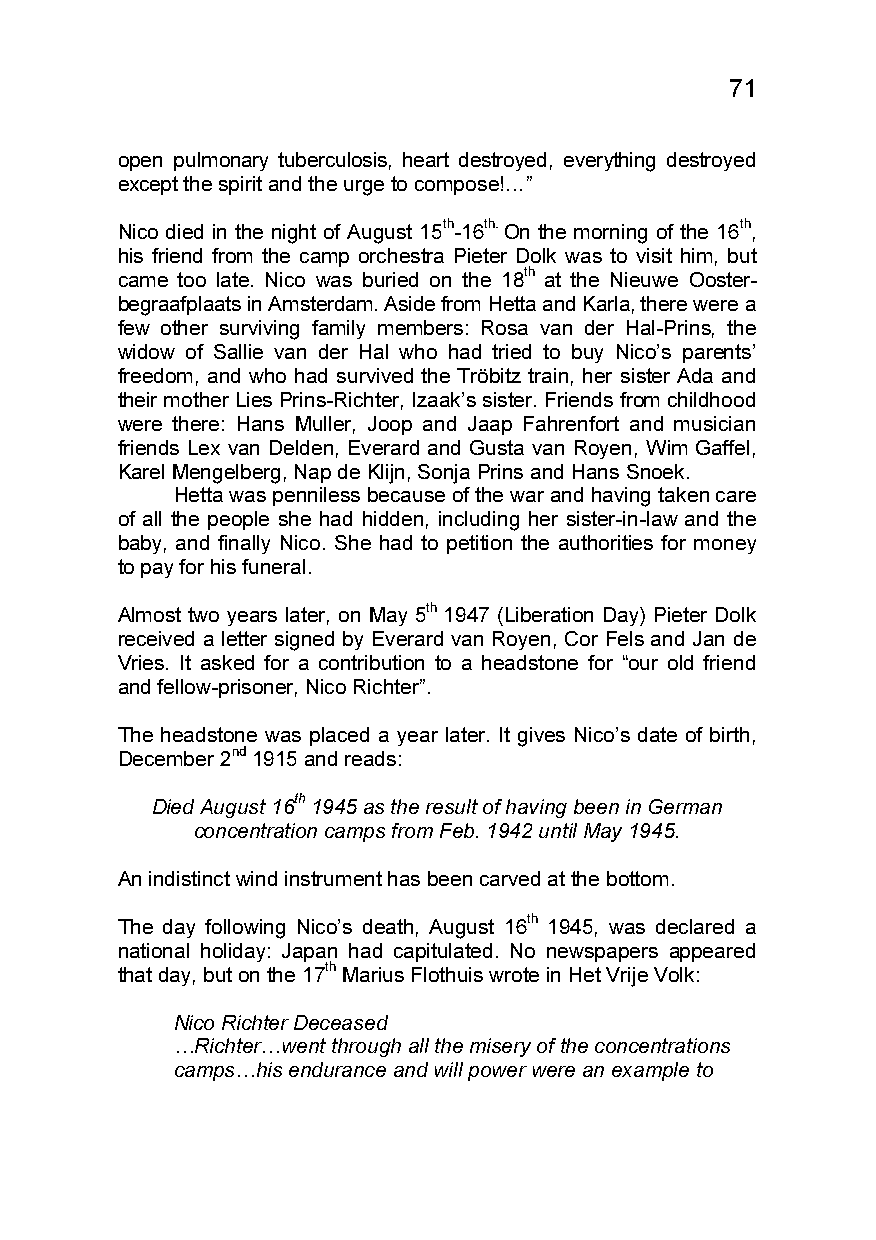
71
 open pulmonary tuberculosis, heart destroyed, everything destroyed
 except the spirit and the urge to compose!…”
 Nico died in the night of August 15th-16th. On the morning of the 16th,
 his friend from the camp orchestra Pieter Dolk was to visit him, but
 came too late. Nico was buried on the 18th at the Nieuwe Ooster-
 begraafplaats in Amsterdam. Aside from Hetta and Karla, there were a
 few other surviving family members: Rosa van der Hal-Prins, the
 widow of Sallie van der Hal who had tried to buy Nico’s parents’
 freedom, and who had survived the Tröbitz train, her sister Ada and
 their mother Lies Prins-Richter, Izaak’s sister. Friends from childhood
 were there: Hans Muller, Joop and Jaap Fahrenfort and musician
 friends Lex van Delden, Everard and Gusta van Royen, Wim Gaffel,
 Karel Mengelberg, Nap de Klijn, Sonja Prins and Hans Snoek.
 Hetta was penniless because of the war and having taken care
 of all the people she had hidden, including her sister-in-law and the
 baby, and finally Nico. She had to petition the authorities for money
 to pay for his funeral.
 Almost two years later, on May 5th 1947 (Liberation Day) Pieter Dolk
 received a letter signed by Everard van Royen, Cor Fels and Jan de
 Vries. It asked for a contribution to a headstone for “our old friend
 and fellow-prisoner, Nico Richter”.
 The headstone was placed a year later. It gives Nico’s date of birth,
 December 2nd 1915 and reads:
 th
 Died August 16 1945 as the result of having been in German
 concentration camps from Feb. 1942 until May 1945.
 An indistinct wind instrument has been carved at the bottom.
 The day following Nico’s death, August 16th 1945, was declared a
 national holiday: Japan had capitulated. No newspapers appeared
 that day, but on the 17th Marius Flothuis wrote in Het Vrije Volk:
 Nico Richter Deceased
 …Richter…went through all the misery of the concentrations
 camps…his endurance and will power were an example to